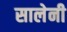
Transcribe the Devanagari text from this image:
सालेनी